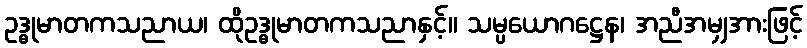
ဥဒ္ဓုမာတကသညာယ၊ ထိုဥဒ္ဓုမာတကသညာနှင့်။ သမ္ပယောဂဋ္ဌေန၊ အညီအမျှအားဖြင့်